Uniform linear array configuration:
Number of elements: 4
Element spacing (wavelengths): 1
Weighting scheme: hann
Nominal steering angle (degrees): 45
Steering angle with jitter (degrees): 44.517
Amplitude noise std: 0.05
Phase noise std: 0.05

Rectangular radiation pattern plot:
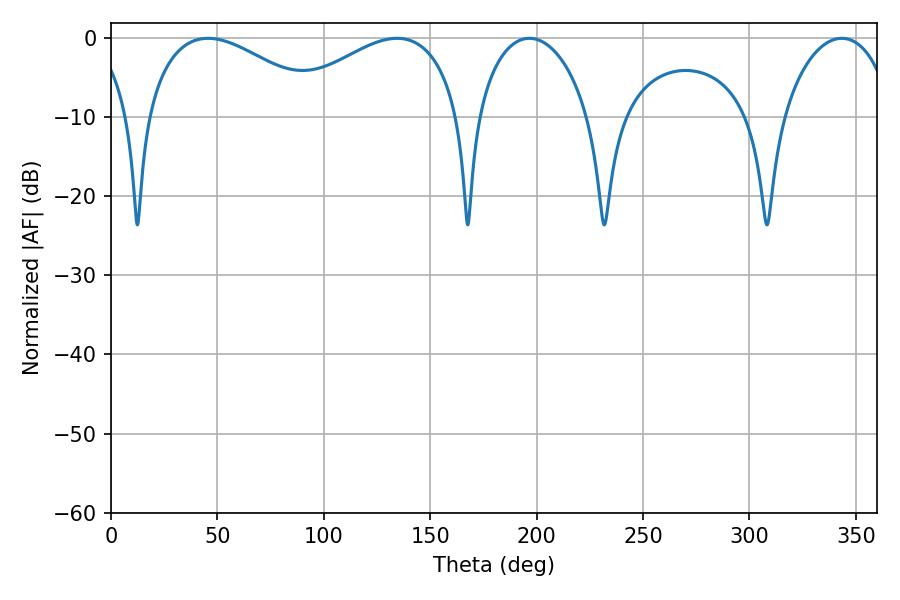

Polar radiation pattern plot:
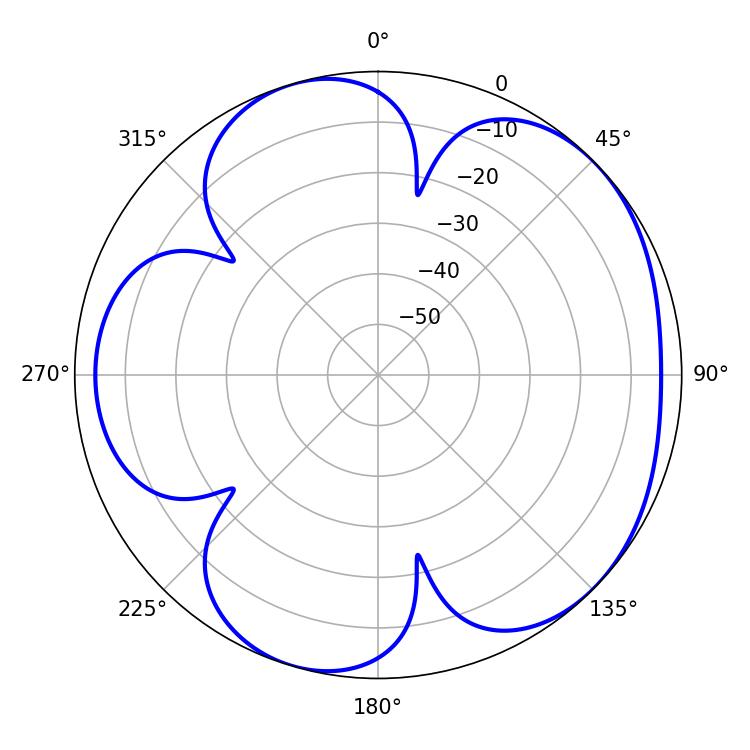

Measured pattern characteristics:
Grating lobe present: TRUE
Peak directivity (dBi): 4.896
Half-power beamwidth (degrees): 30.24
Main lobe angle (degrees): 196.56